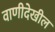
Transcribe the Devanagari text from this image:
वाणीदेखील